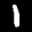
Label: 1